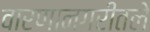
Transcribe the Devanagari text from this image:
वारणानगरीतले